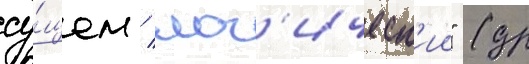
су́щем / лог'ическ'ии" (др